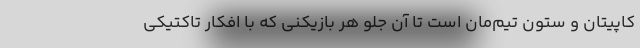
کاپیتان و ستون تیم‌مان است تا آن جلو هر بازیکنی که با افکار تاکتیکی